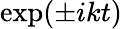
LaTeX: \mathrm{exp}(\pm ikt)